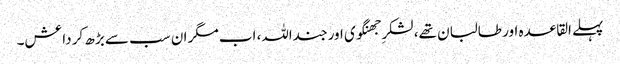
پہلے القاعدہ اور طالبان تھے، لشکرِ جھنگوی اور جنداللہ، اب مگر ان سب سے بڑھ کر داعش۔